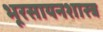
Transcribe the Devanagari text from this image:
भूरसायनशास्त्र